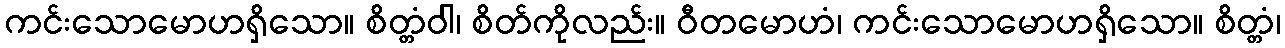
ကင်းသောမောဟရှိသော။ စိတ္တံဝါ၊ စိတ်ကိုလည်း။ ဝီတမောဟံ၊ ကင်းသောမောဟရှိသော။ စိတ္တံ၊